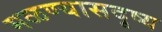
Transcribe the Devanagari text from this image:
मळण्यासदृष्य